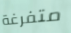
متفرغة